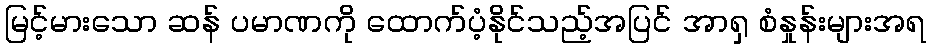
မြင့်မားသော ဆန် ပမာဏကို ထောက်ပံ့နိုင်သည့်အပြင် အာရှ စံနှုန်းများအရ